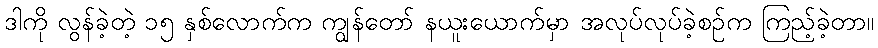
ဒါကို လွန်ခဲ့တဲ့ ၁၅ နှစ်လောက်က ကျွန်တော် နယူးယောက်မှာ အလုပ်လုပ်ခဲ့စဉ်က ကြည့်ခဲ့တာ။